Scottish Leaving Certificate Examination, 1953
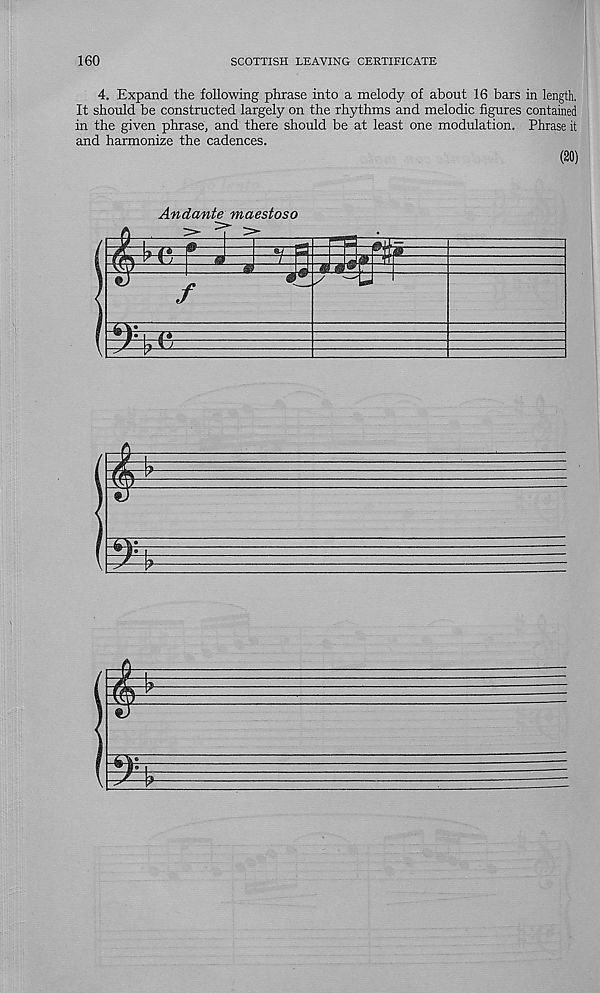
160
SCOTTISH LEAVING CERTIFICATE
4. Expand the following phrase into a melody of about 16 bars in length,
It should be constructed largely on the rhythms and melodic figures contained
in the given phrase, and there should be at least one modulation. Phrase it
and harmonize the cadences.